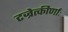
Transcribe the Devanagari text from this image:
टज्रेत्कीर्णाः